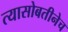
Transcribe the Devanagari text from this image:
त्यासोबतीनेच